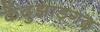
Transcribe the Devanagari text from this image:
केंदुझाड़गढ़